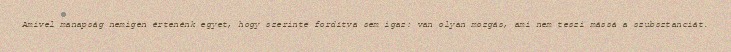
Amivel manapság nemigen értenénk egyet, hogy szerinte fordítva sem igaz: van olyan mozgás, ami nem teszi mássá a szubsztanciát.